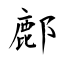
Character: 鄜